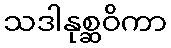
သဒါနုစ္ဆဝိကာ